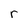
Character: r